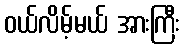
ဝယ်လိမ့်မယ် အားကြီး